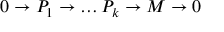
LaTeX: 0 \to P _ { 1 } \to \dots P _ { k } \to M \to 0